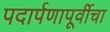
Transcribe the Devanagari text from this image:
पदार्पणापूर्वीचा